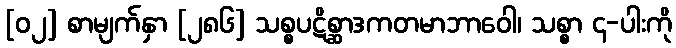
[၀၂] စာမျက်နှာ [၂၈၆] သစ္စပဋိစ္ဆာဒကတမာဘာဝေါ၊ သစ္စာ ၄-ပါးကို